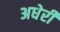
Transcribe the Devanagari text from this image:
अधेरी